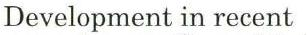
Development in recent